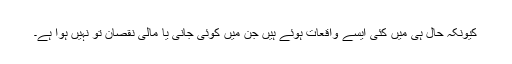
کیونکہ حال ہی میں کئی ایسے واقعات ہوئے ہیں جن میں کوئی جانی یا مالی نُقصان تو نہیں ہوا ہے۔